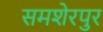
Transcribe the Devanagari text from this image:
समशेरपुर